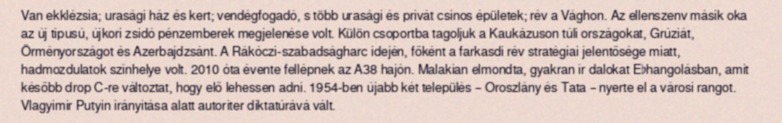
Van ekklézsia; urasági ház és kert; vendégfogadó, s több urasági és privát csinos épületek; rév a Vághon. Az ellenszenv másik oka az új típusú, újkori zsidó pénzemberek megjelenése volt. Külön csoportba tagoljuk a Kaukázuson túli országokat, Grúziát, Örményországot és Azerbajdzsánt. A Rákóczi-szabadságharc idején, főként a farkasdi rév stratégiai jelentősége miatt, hadmozdulatok színhelye volt. 2010 óta évente fellépnek az A38 hajón. Malakian elmondta, gyakran ír dalokat E♭hangolásban, amit később drop C-re változtat, hogy elő lehessen adni. 1954-ben újabb két település – Oroszlány és Tata – nyerte el a városi rangot. Vlagyimir Putyin irányítása alatt autoriter diktatúrává vált.